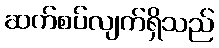
ဆက်စပ်လျက်ရှိသည်